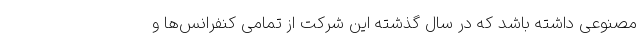
مصنوعی داشته باشد که در سال گذشته این شرکت از تمامی کنفرانس‌ها و